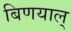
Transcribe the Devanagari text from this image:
बिणयाल्